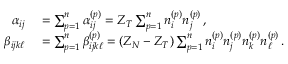
\begin{array} { r l } { \alpha _ { i j } } & { { } = \sum _ { p = 1 } ^ { n } \alpha _ { i j } ^ { ( p ) } = Z _ { T } \sum _ { p = 1 } ^ { n } n _ { i } ^ { ( p ) } n _ { j } ^ { ( p ) } \, , } \\ { \beta _ { i j k \ell } } & { { } = \sum _ { p = 1 } ^ { n } \beta _ { i j k \ell } ^ { ( p ) } = ( Z _ { N } - Z _ { T } ) \sum _ { p = 1 } ^ { n } n _ { i } ^ { ( p ) } n _ { j } ^ { ( p ) } n _ { k } ^ { ( p ) } n _ { \ell } ^ { ( p ) } \, . } \end{array}